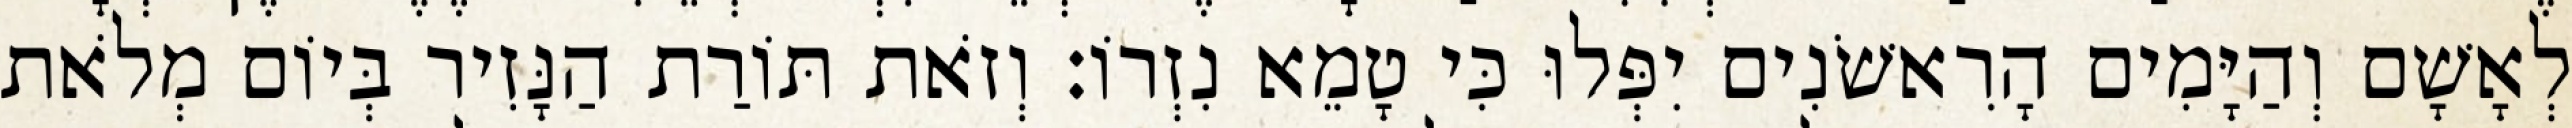
לְאָשָׁם וְהַיָּמִים הָרִאשֹׁנִים יִפְּלוּ כִּי טָמֵא נִזְרוֹ׃ וְזֹאת תּוֹרַת הַנָּזִיר בְּיוֹם מְלֹאת